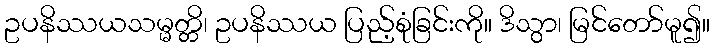
ဥပနိဿယသမ္မတ္တိ၊ ဥပနိဿယ ပြည့်စုံခြင်းကို။ ဒိသွာ၊ မြင်တော်မူ၍။